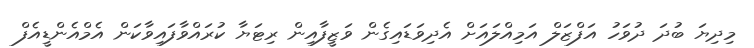
މިދިޔަ ބުދަ ދުވަހު އަފްޒަލް އަމިއްލައަށް އެދިވަޑައިގެން ވަޒީފާއިން ރިޓަޔާ ކުރައްވާފައިވާކަން އެމްއެންޑީއެފް